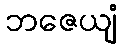
ဘဇေယျံ